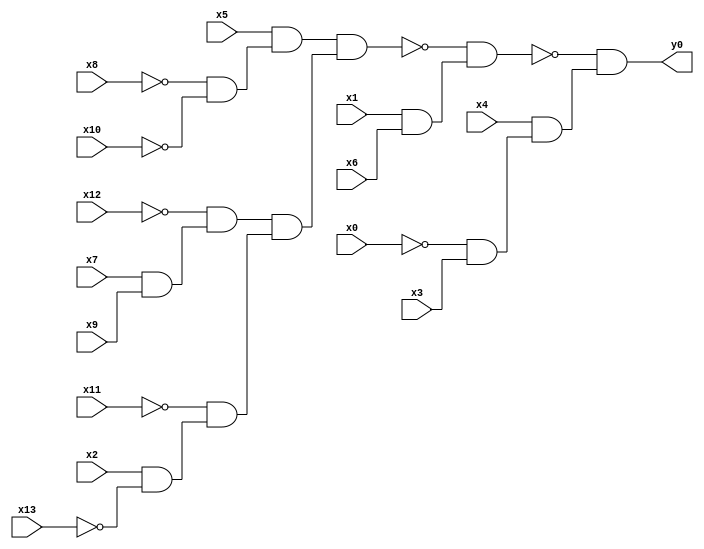
module top( x0 , x1 , x2 , x3 , x4 , x5 , x6 , x7 , x8 , x9 , x10 , x11 , x12 , x13 , y0 );
  input x0 , x1 , x2 , x3 , x4 , x5 , x6 , x7 , x8 , x9 , x10 , x11 , x12 , x13 ;
  output y0 ;
  wire n15 , n16 , n17 , n18 , n19 , n20 , n21 , n22 , n23 , n24 , n25 , n26 , n27 ;
  assign n15 = ~x8 & ~x10 ;
  assign n16 = x5 & n15 ;
  assign n17 = x7 & x9 ;
  assign n18 = ~x12 & n17 ;
  assign n19 = x2 & ~x13 ;
  assign n20 = ~x11 & n19 ;
  assign n21 = n18 & n20 ;
  assign n22 = n16 & n21 ;
  assign n23 = x1 & x6 ;
  assign n24 = ~n22 & n23 ;
  assign n25 = ~x0 & x3 ;
  assign n26 = x4 & n25 ;
  assign n27 = ~n24 & n26 ;
  assign y0 = n27 ;
endmodule